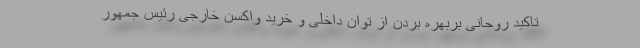
تاکید روحانی بربهره بردن از توان داخلی و خرید واکسن خارجی رئیس جمهور